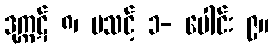
ဒုက္ကဋ် ၈၊ မသင့် ၁- ပေါင်း ၉။